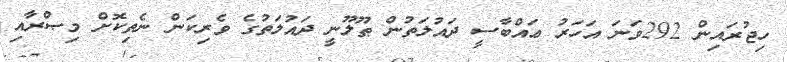
ހިޖުރައިން 292ވަނަ އަހަރު ޢައްބާސީ ދައުލަތުން ޠޫލޫނީ ދައުލަތުގެ ވެރިކަން ނެތިކޮށް މިޞްރާއި